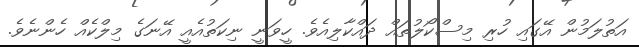
އަތުލަމުން އޭގައި ހުރި މިސްކޯލުތައް ދައްކާލިއެެވެ. ހީވަނީ ނިކަތުއެއީ އޭނަގެ މިލްކެއް ހެންނެވެ.